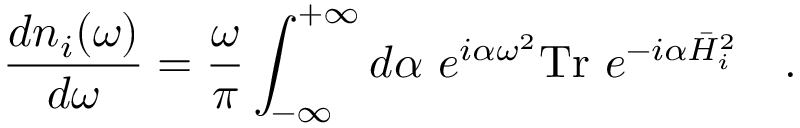
{ \frac { d n _ { i } ( \omega ) } { d \omega } } = { \frac { \omega } { \pi } } \int _ { - \infty } ^ { + \infty } d \alpha ~ e ^ { i \alpha \omega ^ { 2 } } \mathrm { T r } ~ e ^ { - i \alpha \bar { H } _ { i } ^ { 2 } } ~ ~ ~ .